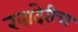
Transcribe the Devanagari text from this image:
खांदेरीचा